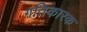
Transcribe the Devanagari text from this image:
गतिकारक